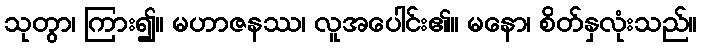
သုတွာ၊ ကြား၍။ မဟာဇနဿ၊ လူအပေါင်း၏။ မနော၊ စိတ်နှလုံးသည်။